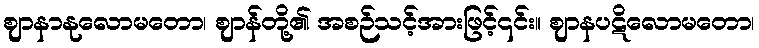
ဈာနာနုလောမတော၊ ဈာန်တို့၏ အစဉ်သင့်အားဖြင့်၎င်း။ ဈာနပဋိလောမတော၊